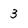
Character: 3